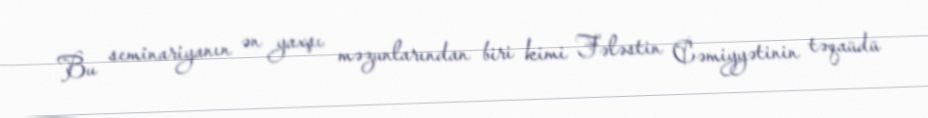
Bu seminariyanın ən yaxşı məzunlarından biri kimi Fələstin Cəmiyyətinin təqaüdü